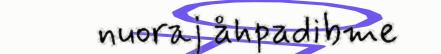
nuoraj åhpadibme